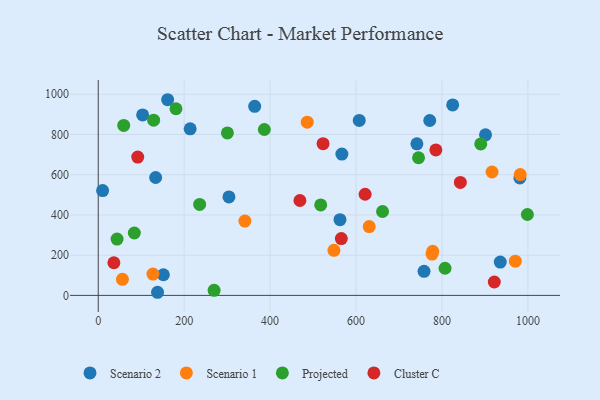
{"axis": {"x": "Experience", "y": "Yield"}, "legend": ["Cluster C", "Projected", "Scenario 1", "Scenario 2"], "data": [{"x": "161.5", "y": 972.8, "type": "Scenario 2"}, {"x": "133.6", "y": 586.2, "type": "Scenario 2"}, {"x": "138.0", "y": 15.5, "type": "Scenario 2"}, {"x": "103.3", "y": 897.3, "type": "Scenario 2"}, {"x": "151.6", "y": 102.6, "type": "Scenario 2"}, {"x": "758.2", "y": 119.8, "type": "Scenario 2"}, {"x": "304.2", "y": 489.4, "type": "Scenario 2"}, {"x": "10.2", "y": 520.9, "type": "Scenario 2"}, {"x": "213.9", "y": 828.0, "type": "Scenario 2"}, {"x": "741.6", "y": 753.5, "type": "Scenario 2"}, {"x": "824.9", "y": 946.8, "type": "Scenario 2"}, {"x": "607.4", "y": 869.8, "type": "Scenario 2"}, {"x": "901.3", "y": 798.2, "type": "Scenario 2"}, {"x": "567.0", "y": 702.8, "type": "Scenario 2"}, {"x": "935.6", "y": 165.6, "type": "Scenario 2"}, {"x": "771.5", "y": 869.6, "type": "Scenario 2"}, {"x": "364.1", "y": 940.1, "type": "Scenario 2"}, {"x": "562.6", "y": 376.2, "type": "Scenario 2"}, {"x": "981.2", "y": 584.2, "type": "Scenario 2"}, {"x": "778.4", "y": 219.2, "type": "Scenario 1"}, {"x": "56.3", "y": 79.8, "type": "Scenario 1"}, {"x": "341.3", "y": 369.3, "type": "Scenario 1"}, {"x": "486.4", "y": 861.1, "type": "Scenario 1"}, {"x": "548.5", "y": 224.3, "type": "Scenario 1"}, {"x": "916.5", "y": 613.5, "type": "Scenario 1"}, {"x": "127.3", "y": 106.1, "type": "Scenario 1"}, {"x": "630.6", "y": 341.9, "type": "Scenario 1"}, {"x": "982.1", "y": 600.6, "type": "Scenario 1"}, {"x": "970.6", "y": 170.1, "type": "Scenario 1"}, {"x": "776.9", "y": 205.4, "type": "Scenario 1"}, {"x": "386.5", "y": 824.7, "type": "Projected"}, {"x": "43.8", "y": 280.2, "type": "Projected"}, {"x": "269.6", "y": 25.1, "type": "Projected"}, {"x": "84.0", "y": 310.1, "type": "Projected"}, {"x": "661.6", "y": 417.2, "type": "Projected"}, {"x": "998.7", "y": 402.2, "type": "Projected"}, {"x": "890.2", "y": 753.0, "type": "Projected"}, {"x": "745.4", "y": 684.4, "type": "Projected"}, {"x": "59.3", "y": 844.9, "type": "Projected"}, {"x": "236.0", "y": 452.1, "type": "Projected"}, {"x": "807.1", "y": 134.9, "type": "Projected"}, {"x": "300.6", "y": 807.6, "type": "Projected"}, {"x": "180.9", "y": 928.0, "type": "Projected"}, {"x": "517.7", "y": 449.9, "type": "Projected"}, {"x": "128.9", "y": 871.0, "type": "Projected"}, {"x": "469.3", "y": 471.7, "type": "Cluster C"}, {"x": "36.4", "y": 162.2, "type": "Cluster C"}, {"x": "91.9", "y": 687.7, "type": "Cluster C"}, {"x": "921.7", "y": 66.5, "type": "Cluster C"}, {"x": "785.7", "y": 723.4, "type": "Cluster C"}, {"x": "565.7", "y": 282.5, "type": "Cluster C"}, {"x": "842.7", "y": 561.7, "type": "Cluster C"}, {"x": "523.2", "y": 754.2, "type": "Cluster C"}, {"x": "621.1", "y": 502.9, "type": "Cluster C"}]}